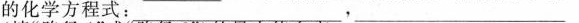
的化学方程式：___，___